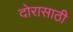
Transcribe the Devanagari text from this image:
दोरासाठी